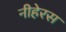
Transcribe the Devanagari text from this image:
नीहेरस